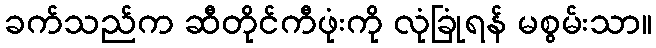
ခက်သည်က ဆီတိုင်ကီဖုံးကို လုံခြုံရန် မစွမ်းသာ။